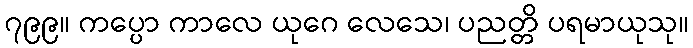
၇၉၉။ ကပ္ပော ကာလေ ယုဂေ လေသေ၊ ပညတ္တိ ပရမာယုသု။